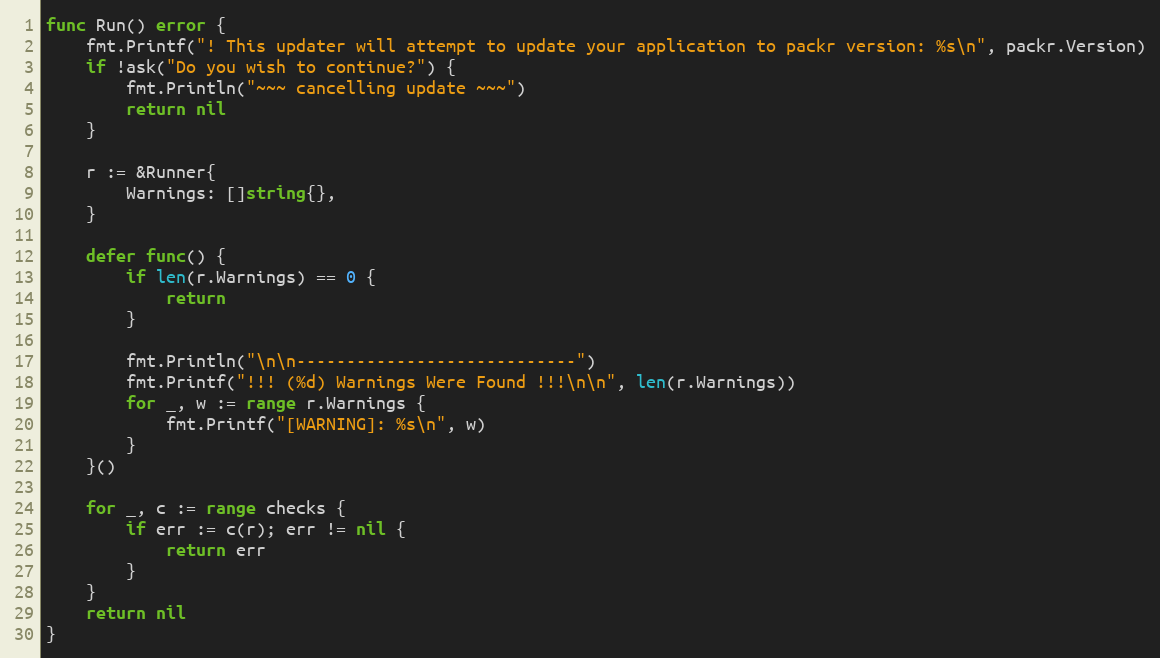
Language: Go
func Run() error {
	fmt.Printf("! This updater will attempt to update your application to packr version: %s\n", packr.Version)
	if !ask("Do you wish to continue?") {
		fmt.Println("~~~ cancelling update ~~~")
		return nil
	}

	r := &Runner{
		Warnings: []string{},
	}

	defer func() {
		if len(r.Warnings) == 0 {
			return
		}

		fmt.Println("\n\n----------------------------")
		fmt.Printf("!!! (%d) Warnings Were Found !!!\n\n", len(r.Warnings))
		for _, w := range r.Warnings {
			fmt.Printf("[WARNING]: %s\n", w)
		}
	}()

	for _, c := range checks {
		if err := c(r); err != nil {
			return err
		}
	}
	return nil
}